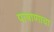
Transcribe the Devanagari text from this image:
पाषाणाचा